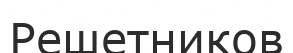
Решетников